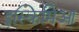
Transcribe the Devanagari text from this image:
इस्किमिआ